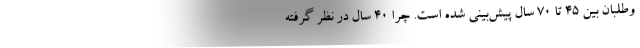
وطلبان بین ۴۵ تا ۷۰ سال پیش‌بینی شده است. چرا ۴۰ سال در نظر گرفته